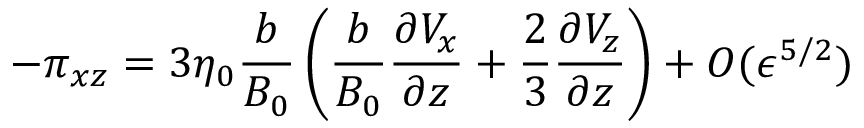
- \pi _ { x z } = 3 \eta _ { 0 } \frac { b } { B _ { 0 } } \left( \frac { b } { B _ { 0 } } \frac { \partial V _ { x } } { \partial z } + \frac { 2 } { 3 } \frac { \partial V _ { z } } { \partial z } \right) + O ( \epsilon ^ { 5 / 2 } )